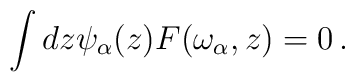
\int dz\psi _\alpha (z)F(\omega _\alpha ,z)=0\,.